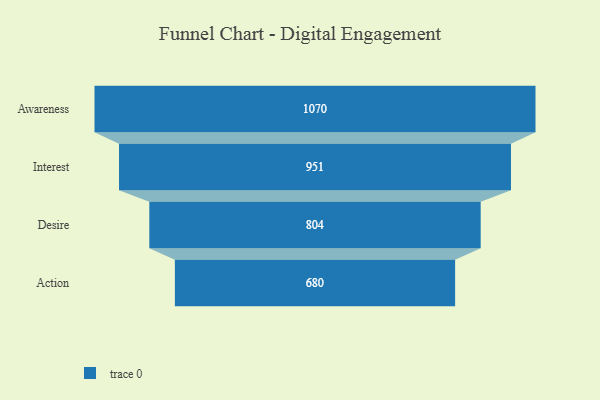
{"axis": {"x": "Stage", "y": "Value"}, "legend": [""], "data": [{"x": "Awareness", "y": 1070.0, "type": ""}, {"x": "Interest", "y": 951.0, "type": ""}, {"x": "Desire", "y": 804.0, "type": ""}, {"x": "Action", "y": 680.0, "type": ""}]}